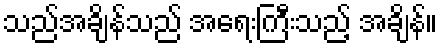
သည်အချိန်သည် အရေးကြီးသည့် အချိန်။